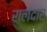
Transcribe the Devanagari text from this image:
रालदार